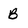
Character: B